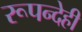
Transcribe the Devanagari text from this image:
रूपन्देही